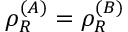
\rho _ { R } ^ { ( A ) } = \rho _ { R } ^ { ( B ) }